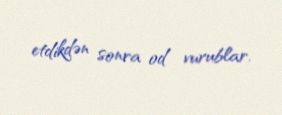
etdikdən sonra od vurublar.